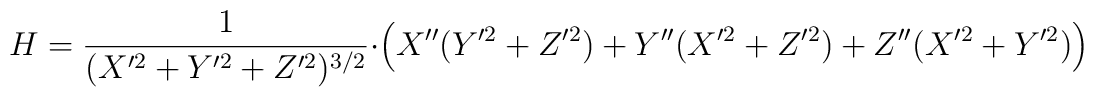
H=\frac{1}{(X'^2+Y'^2+Z'^2)^{3/2}}\cdot\left(X''(Y'^2+Z'^2)+Y''(X'^2+Z'^2)+Z''(X'^2+Y'^2)\right)